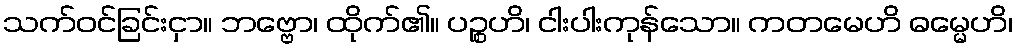
သက်ဝင်ခြင်းငှာ။ ဘဗ္ဗော၊ ထိုက်၏။ ပဉ္စဟိ၊ ငါးပါးကုန်သော။ ကတမေဟိ ဓမ္မေဟိ၊